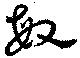
敏